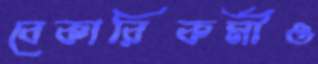
বেকারিকর্মীও